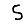
Digit: 5